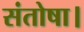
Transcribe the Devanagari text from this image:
संतोषा।